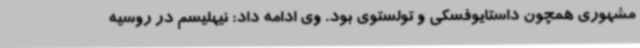
مشهوری همچون داستایوفسکی و تولستوی بود. وی ادامه داد: نیهلیسم در روسیه